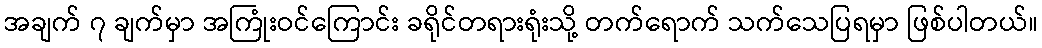
အချက် ၇ ချက်မှာ အကြုံးဝင်ကြောင်း ခရိုင်တရားရုံးသို့ တက်ရောက် သက်သေပြရမှာ ဖြစ်ပါတယ်။